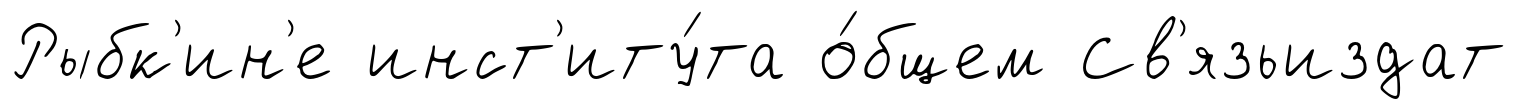
Рыбк'ин'е инст'иту́та о́бщем Св'язьиздат